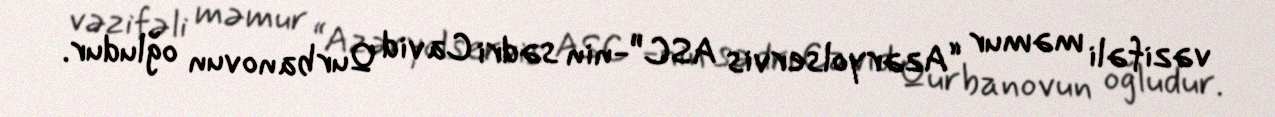
vəzifəli məmur “Azəryolservis ASC”-nin sədri Cavid Qurbanovun oğludur.